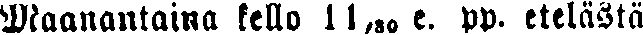
Maanantaina kello ll,30 e. pp. etelästä